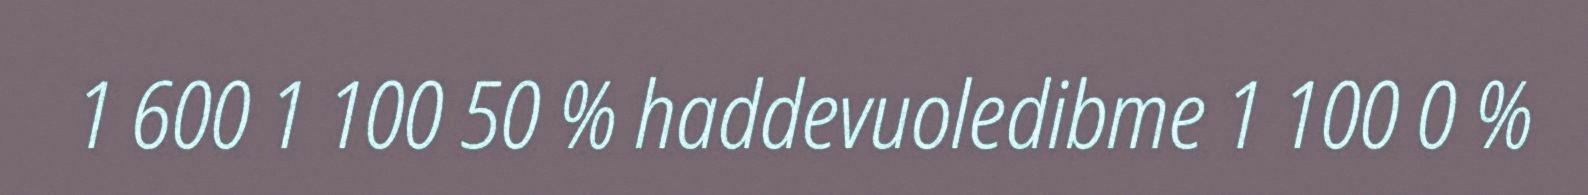
1 600 1 100 50 % haddevuoledibme 1 100 0 %